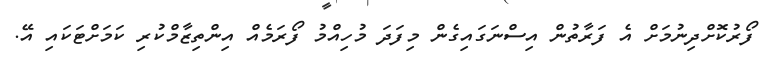
ފޯރުކޮށްދިނުމަށް އެ ފަރާތުން އިސްނަގައިގެން މިފަދަ މުހިއްމު ފޯރަމެއް އިންތިޒާމްކުރި ކަމަށްޓަކައި އޭ.